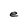
Character: e